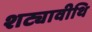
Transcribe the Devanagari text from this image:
शट्यावीथि